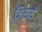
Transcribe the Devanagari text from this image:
ज़िससे